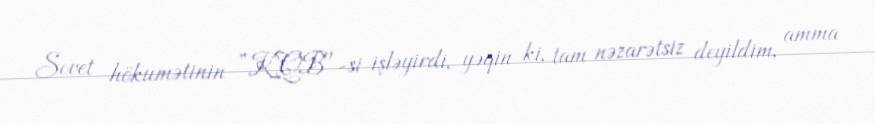
Sovet hökumətinin ”KQB"-si işləyirdi, yəqin ki, tam nəzarətsiz deyildim, amma